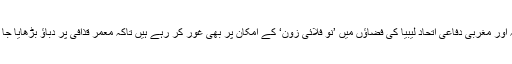
امریکہ اور مغربی دفاعی اتحاد لیبیا کی فضاؤں میں ’نو فلائی زون‘ کے امکان پر بھی غور کر رہے ہیں تاکہ معمر قذافی پر دباؤ بڑھایا جا سکے۔